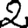
Digit: 2